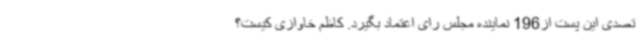
تصدی این پست از196 نماینده مجلس رای اعتماد بگیرد. کاظم خاوازی کیست؟